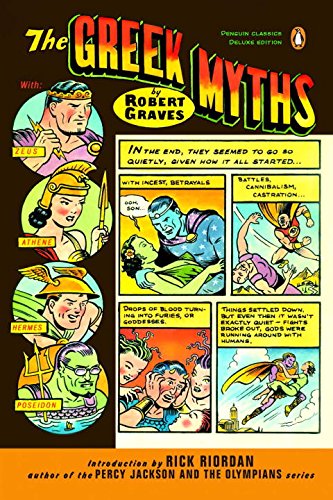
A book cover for The Greek Myths  (Penguin Classics Deluxe Edition); Robert Graves; Reference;